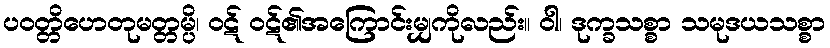
ပဝတ္တိဟေတုမတ္တမ္ပိ၊ ဝဋ် ဝဋ်၏အကြောင်းမျှကိုလည်း။ ဝါ၊ ဒုက္ခသစ္စာ သမုဒယသစ္စာ